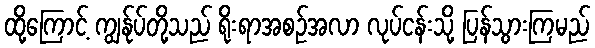
ထို့ကြောင့် ကျွန်ုပ်တို့သည် ရိုးရာအစဉ်အလာ လုပ်ငန်းသို့ ပြန်သွားကြမည်